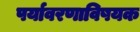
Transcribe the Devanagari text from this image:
पर्यावरणाविषयक